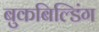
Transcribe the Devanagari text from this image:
बुकबिल्डिंग